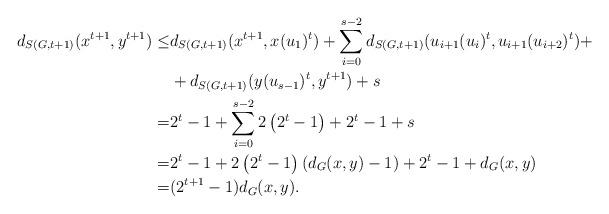
LaTeX: \begin{align*}d_{S(G,t+1)}(x^{t+1},y^{t+1})\le &d_{S(G,t+1)}(x^{t+1},x(u_1)^t)+\sum_{i=0}^{s-2} d_{S(G,t+1)}(u_{i+1}(u_i)^t,u_{i+1}(u_{i+2})^t)+\\&+d_{S(G,t+1)}(y(u_{s-1})^t,y^{t+1})+s\\=&2^t-1+\sum_{i=0}^{s-2} 2\left(2^t-1\right)+2^t-1+s\\=&2^t-1+2\left(2^t-1\right)(d_G(x,y)-1)+2^t-1+d_G(x,y)\\=& (2^{t+1}-1)d_G(x,y).\end{align*}